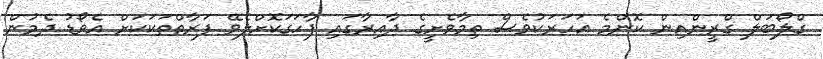
ގްލޯބަލް ގްރީންއިން ކޮންމެ އަހަރަކުވެސް ތިމާވެށީގެ ދާއިރާގައި ފާހަގަކޮށްލެވޭ ފަރާތްތަކަކަށް އެވޯޑު ދެމުން